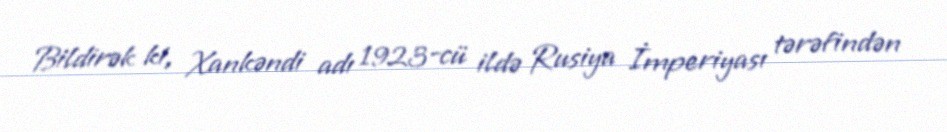
Bildirək ki, Xankəndi adı 1923-cü ildə Rusiya İmperiyası tərəfindən